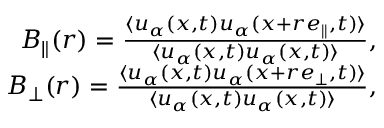
\begin{array} { r } { B _ { \parallel } ( r ) = \frac { \langle u _ { \alpha } ( \boldsymbol { x } , t ) u _ { \alpha } ( \boldsymbol { x } + r \boldsymbol { e } _ { \parallel } , t ) \rangle } { \langle u _ { \alpha } ( \boldsymbol { x } , t ) u _ { \alpha } ( \boldsymbol { x } , t ) \rangle } , } \\ { B _ { \perp } ( r ) = \frac { \langle u _ { \alpha } ( \boldsymbol { x } , t ) u _ { \alpha } ( \boldsymbol { x } + r \boldsymbol { e } _ { \perp } , t ) \rangle } { \langle u _ { \alpha } ( \boldsymbol { x } , t ) u _ { \alpha } ( \boldsymbol { x } , t ) \rangle } , } \end{array}